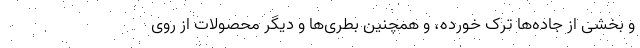
و بخشی از جاده‌ها ترک خورده،‌ و همچنین بطری‌ها و دیگر محصولات از روی